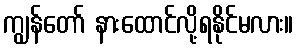
ကျွန်တော် နားထောင်လို့ရနိုင်မလား။